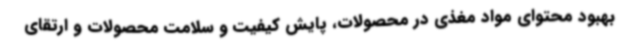
بهبود محتوای مواد مغذی در محصولات، پایش کیفیت و سلامت محصولات و ارتقای